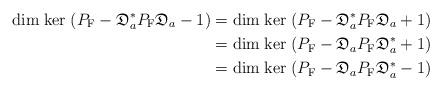
LaTeX: \begin{align*}{\rm dim}\;{\rm ker}\; (P_{\rm F}-\mathfrak{D}_a^\ast P_{\rm F}\mathfrak{D}_a-1)&={\rm dim}\;{\rm ker}\; (P_{\rm F}-\mathfrak{D}_a^\ast P_{\rm F}\mathfrak{D}_a+1)\\ &={\rm dim}\;{\rm ker}\; (P_{\rm F}-\mathfrak{D}_aP_{\rm F}\mathfrak{D}_a^\ast +1)\\ &={\rm dim}\;{\rm ker}\; (P_{\rm F}-\mathfrak{D}_aP_{\rm F}\mathfrak{D}_a^\ast -1) \end{align*}